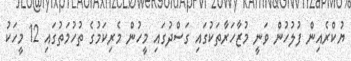
ޔުކްރެއިން ފުލުހުން ވަނީ މުޒާހަރާތަކުގައި ގަސްދުގައި މީހުން މެރިކަމުގެ ތުހުމަތުގައި 12 މީހަކު